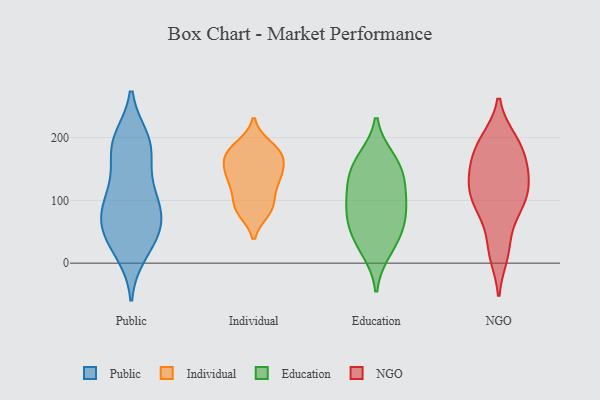
{"axis": {"x": "Revenue (USD Million)", "y": "Value"}, "legend": ["Education", "Individual", "NGO", "Public"], "data": [{"x": "", "y": 182, "type": "Public"}, {"x": "", "y": 64, "type": "Public"}, {"x": "", "y": 180, "type": "Public"}, {"x": "", "y": 62, "type": "Public"}, {"x": "", "y": 198, "type": "Public"}, {"x": "", "y": 126, "type": "Public"}, {"x": "", "y": 16, "type": "Public"}, {"x": "", "y": 40, "type": "Public"}, {"x": "", "y": 24, "type": "Public"}, {"x": "", "y": 125, "type": "Public"}, {"x": "", "y": 102, "type": "Public"}, {"x": "", "y": 198, "type": "Public"}, {"x": "", "y": 71, "type": "Public"}, {"x": "", "y": 185, "type": "Public"}, {"x": "", "y": 52, "type": "Public"}, {"x": "", "y": 91, "type": "Public"}, {"x": "", "y": 85, "type": "Public"}, {"x": "", "y": 143, "type": "Individual"}, {"x": "", "y": 168, "type": "Individual"}, {"x": "", "y": 132, "type": "Individual"}, {"x": "", "y": 186, "type": "Individual"}, {"x": "", "y": 87, "type": "Individual"}, {"x": "", "y": 84, "type": "Individual"}, {"x": "", "y": 92, "type": "Individual"}, {"x": "", "y": 89, "type": "Individual"}, {"x": "", "y": 180, "type": "Individual"}, {"x": "", "y": 141, "type": "Individual"}, {"x": "", "y": 122, "type": "Individual"}, {"x": "", "y": 178, "type": "Individual"}, {"x": "", "y": 168, "type": "Individual"}, {"x": "", "y": 134, "type": "Individual"}, {"x": "", "y": 166, "type": "Individual"}, {"x": "", "y": 165, "type": "Education"}, {"x": "", "y": 113, "type": "Education"}, {"x": "", "y": 150, "type": "Education"}, {"x": "", "y": 66, "type": "Education"}, {"x": "", "y": 65, "type": "Education"}, {"x": "", "y": 21, "type": "Education"}, {"x": "", "y": 151, "type": "Education"}, {"x": "", "y": 89, "type": "Education"}, {"x": "", "y": 39, "type": "Education"}, {"x": "", "y": 111, "type": "Education"}, {"x": "", "y": 105, "type": "NGO"}, {"x": "", "y": 109, "type": "NGO"}, {"x": "", "y": 153, "type": "NGO"}, {"x": "", "y": 148, "type": "NGO"}, {"x": "", "y": 186, "type": "NGO"}, {"x": "", "y": 76, "type": "NGO"}, {"x": "", "y": 90, "type": "NGO"}, {"x": "", "y": 195, "type": "NGO"}, {"x": "", "y": 161, "type": "NGO"}, {"x": "", "y": 196, "type": "NGO"}, {"x": "", "y": 112, "type": "NGO"}, {"x": "", "y": 25, "type": "NGO"}, {"x": "", "y": 14, "type": "NGO"}, {"x": "", "y": 132, "type": "NGO"}]}